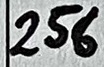
Text: 256